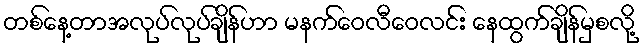
တစ်နေ့တာအလုပ်လုပ်ချိန်ဟာ မနက်ဝေလီဝေလင်း နေထွက်ချိန်မှစလို့